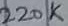
Text: 220K